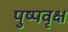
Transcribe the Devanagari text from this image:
पुष्पवृक्ष